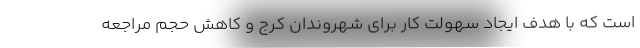
است که با هدف ایجاد سهولت کار برای شهروندان کرج و کاهش حجم مراجعه